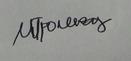
Signature authenticity: genuine